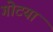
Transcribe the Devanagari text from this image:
गोटया